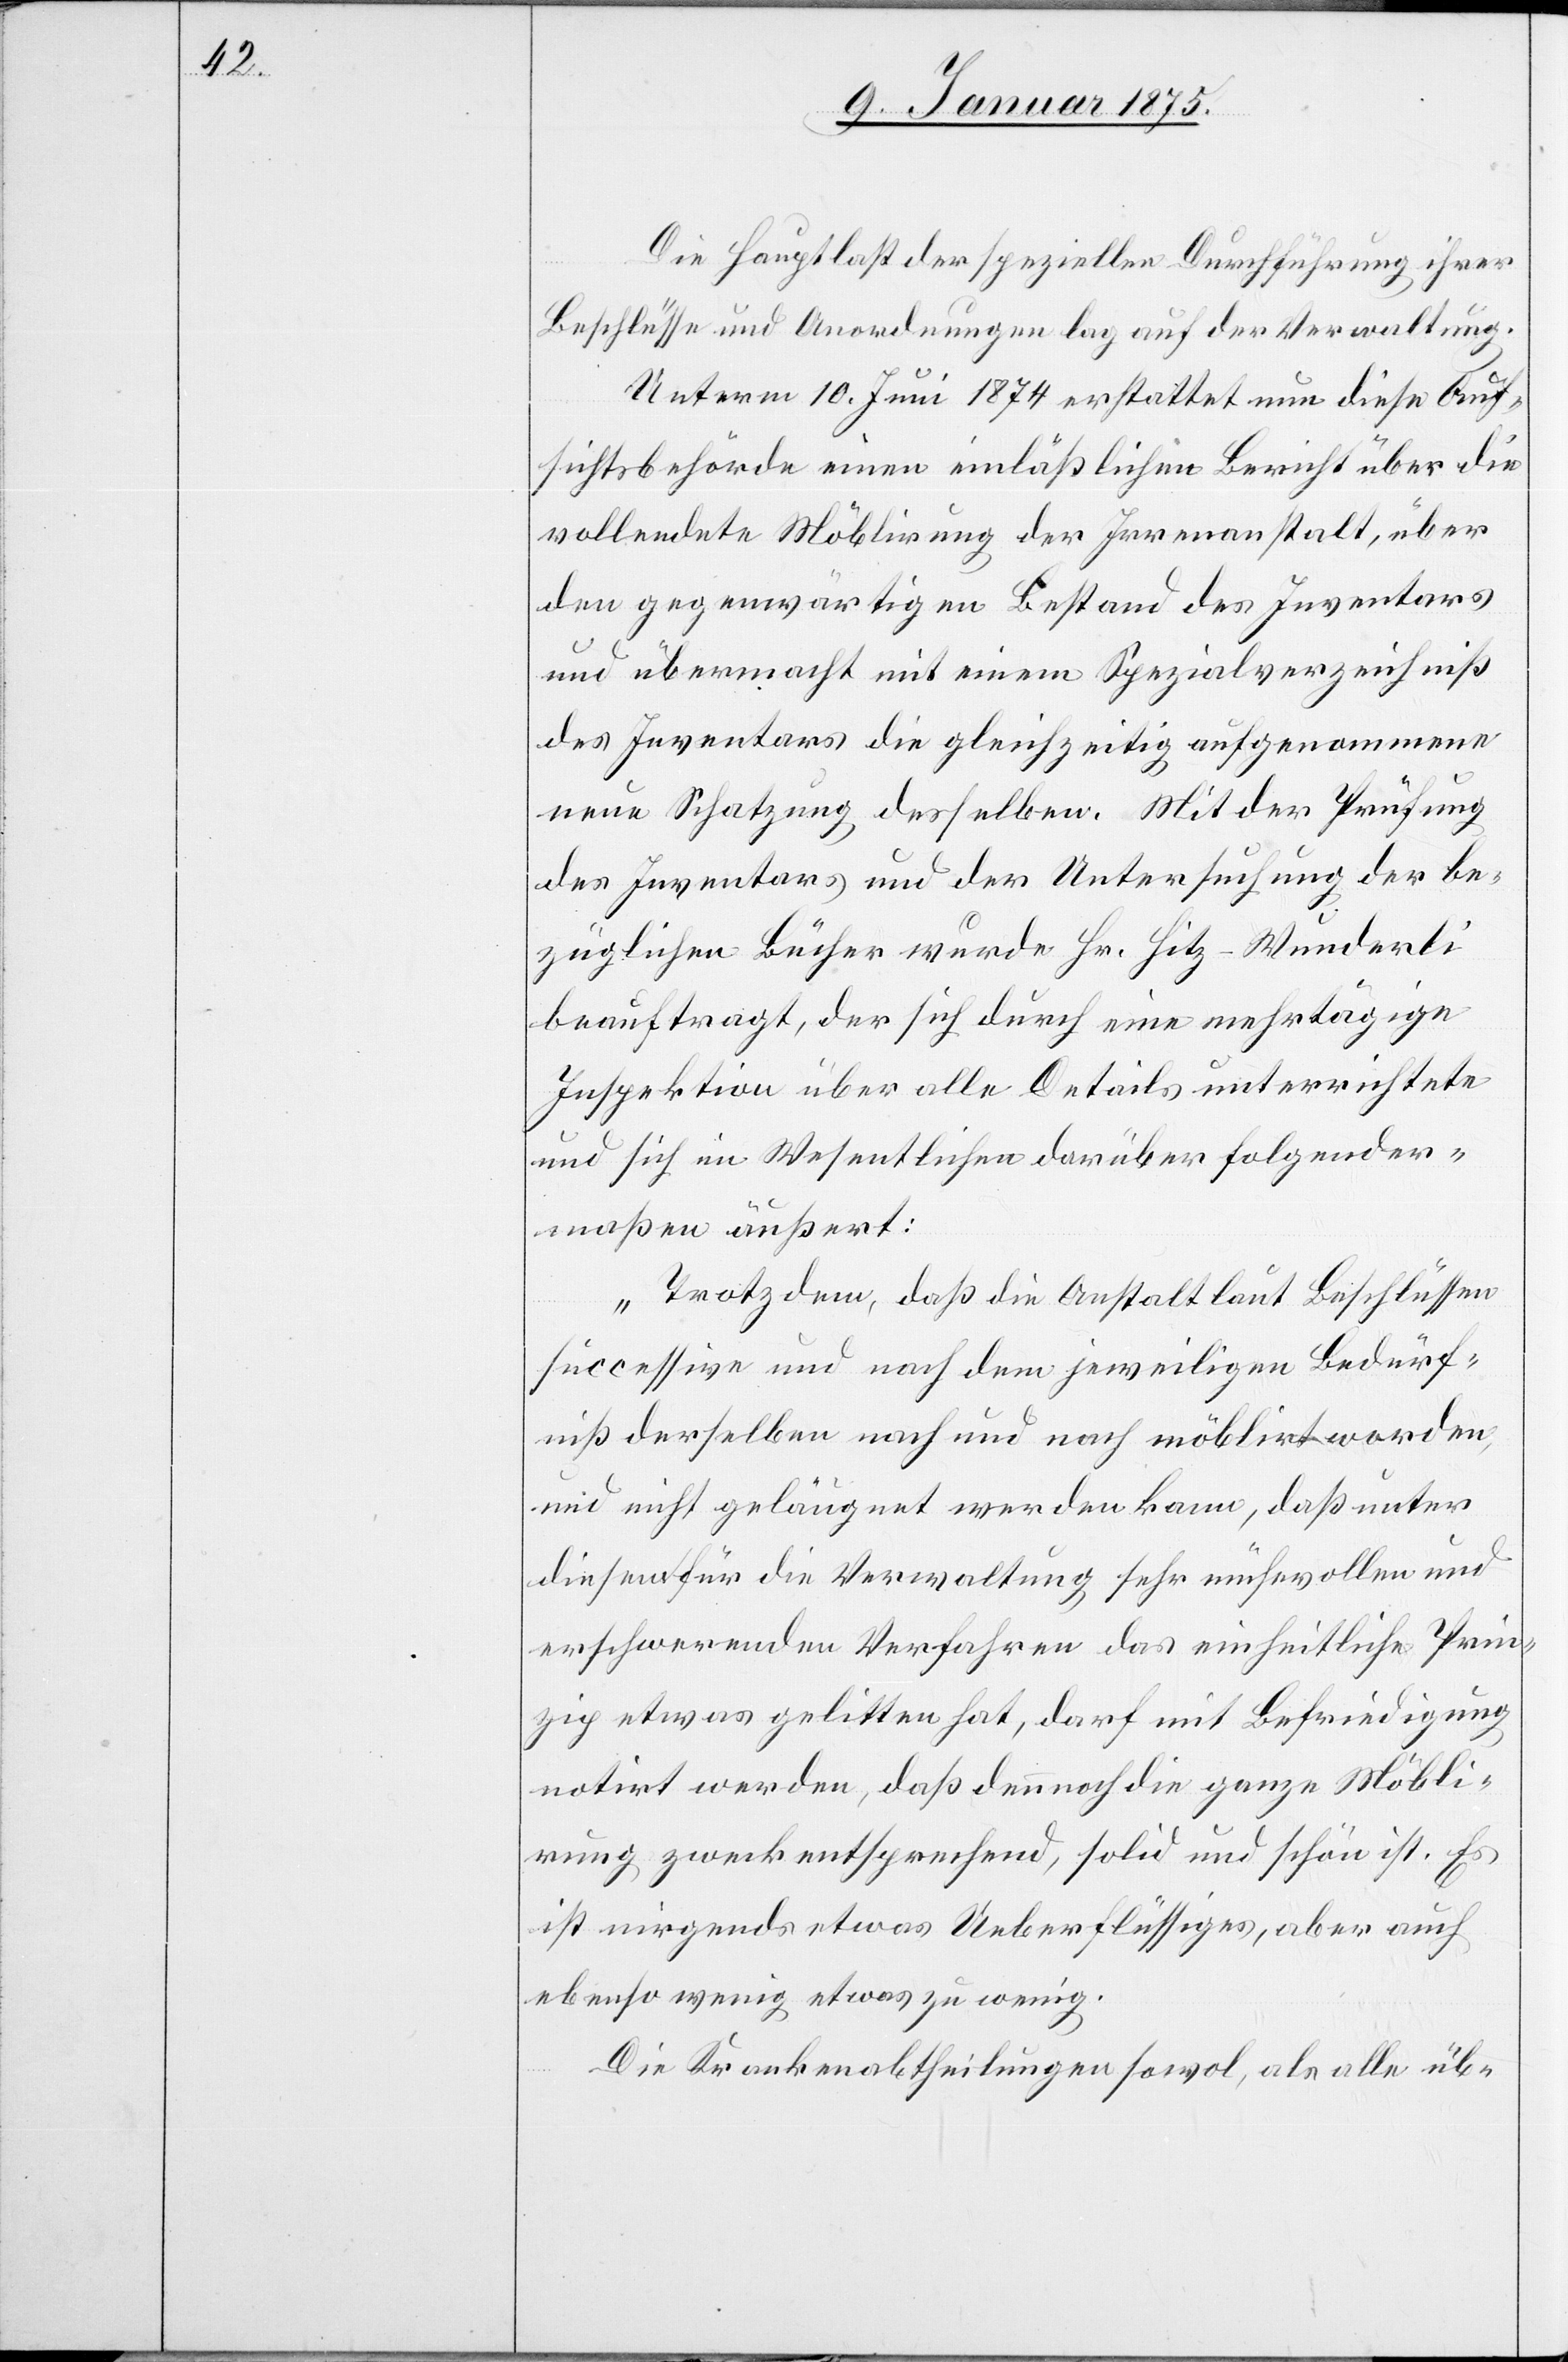
Die Hauptlast der speziellen Durchführung ihrer
Beschlüsse und Anordnung lag auf der Verwaltung.
Unterm 10. Juni 1874 erstattet nun diese Auf¬
sichtsbehörde einen einläßlichen Bericht über die
vollendete Möblirung der Irrenanstalt, über
den gegenwärtigen Bestand des Inventars
und übermacht mit einem Spezialverzeichniß
des Inventars die gleichzeitig aufgenommene
neue Schatzung desselben. Mit der Prüfung
des Inventars und der Untersuchung der be¬
züglichen Bücher wurde Hr. Hitz-Wunderli
beauftragt, der sich durch eine mehrtägige
Inspektion über alle Details unterrichtete
und sich im Wesentlichen folgendermaßen äußert:
„Trotz dem, daß die Anstalt laut Beschlüssen
successive und nach dem jeweiligen Bedürf¬
niß derselben nach und nach möblirt worden,
und nicht geläugnet werden kann, daß unter
diesem für die Verwaltung sehr mühevollen und
erschwerendem Verfahren das einheitliche Prin¬
zip etwas gelitten hat, darf mit Befriedigung
notirt werden, daß dennoch die ganze Möbli¬
rung zweckentsprechend, solid und schön ist. Es
ist nirgends etwas Ueberflüssiges, aber auch
ebenso wenig etwas zu wenig.
Die Krankenabtheilungen sowol, als alle üb-